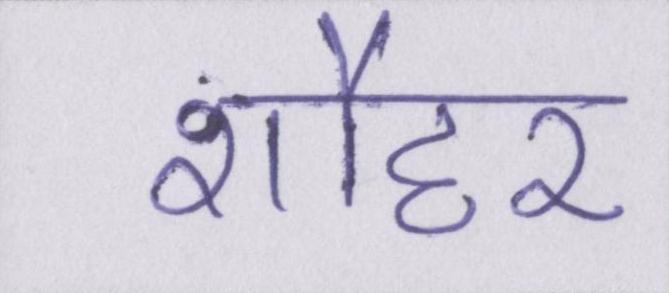
शौहर